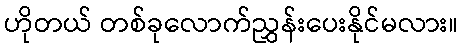
ဟိုတယ် တစ်ခုလောက်ညွှန်းပေးနိုင်မလား။